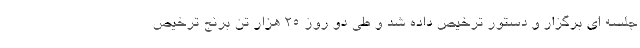
جلسه ای برگزار و دستور ترخیص داده شد و طی دو روز ۲۵ هزار تن برنج ترخیص